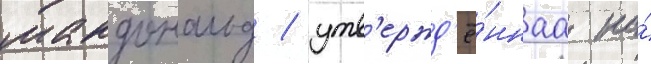
макдональд / утв'ержд'ё́ннаа на́